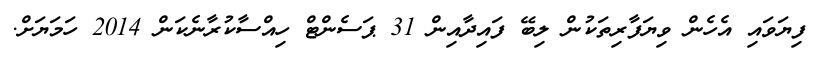
ފިޔަވައި އެހެން ވިޔަފާރިތަކުން ލިބޭ ފައިދާއިން 31 ޕަސެންޓް ހިއްސާކުރާނެކަން 2014 ހަމަޔަށް.